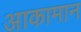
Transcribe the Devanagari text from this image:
आकामान